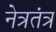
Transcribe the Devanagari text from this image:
नेत्रतंत्र